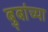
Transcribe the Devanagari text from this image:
बुबांच्या